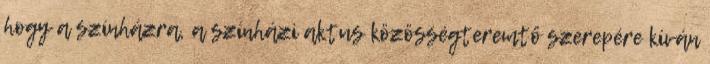
hogy a színházra, a színházi aktus közösségteremtő szerepére kíván